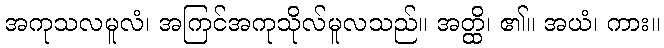
အကုသလမူလံ၊ အကြင်အကုသိုလ်မူလသည်။ အတ္ထိ၊ ၏။ အယံ၊ ကား။